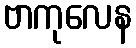
ဗာကုလေန